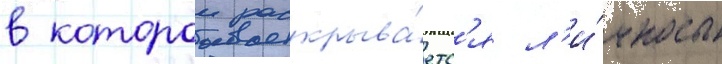
в которои раскрыва́етс'я л'и́чность